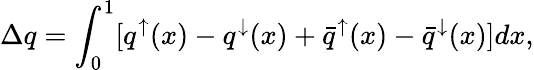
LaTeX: \Delta q=\int_{0}^{1}[q^{\mathord\uparrow}(x)-q^{{\mathord\downarrow}}(x)+{\bar{q}}^{\mathord\uparrow}(x)-{\bar{q}}^{{\mathord\downarrow}}(x)]dx,